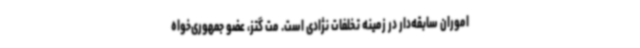
اموران سابقه‌دار در زمینه تخلفات نژادی است. مت گتز، عضو جمهوری‌خواه